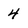
Character: 4